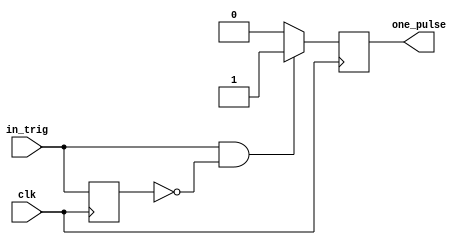
module one_pulse(
	input clk,
	input in_trig,
	output reg one_pulse
	);
	
	reg trig_delay;
	reg out_pulse_next;
	
	always@(posedge clk) begin
        trig_delay <= in_trig;
	end
	
	always@* begin
		if( (in_trig == 1'b1) & (~trig_delay == 1'b1)) out_pulse_next = 1;
		else out_pulse_next = 0;
	end
	
	always@(posedge clk) begin
        one_pulse <= out_pulse_next;
	end
endmodule